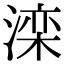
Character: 滦